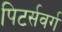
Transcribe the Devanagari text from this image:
पिटर्सवर्ग